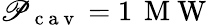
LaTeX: \mathscr{P}_{\mathrm{{~c~a~v~}}}=1\, \mathrm{{~M~W~}}